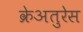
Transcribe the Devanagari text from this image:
क्रेअतुरेस